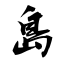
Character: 島